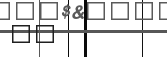
٩٤